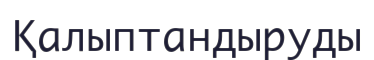
Қалыптандыруды